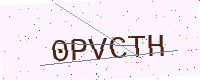
Text: 0PVCTH